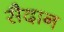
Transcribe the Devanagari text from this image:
सैदान